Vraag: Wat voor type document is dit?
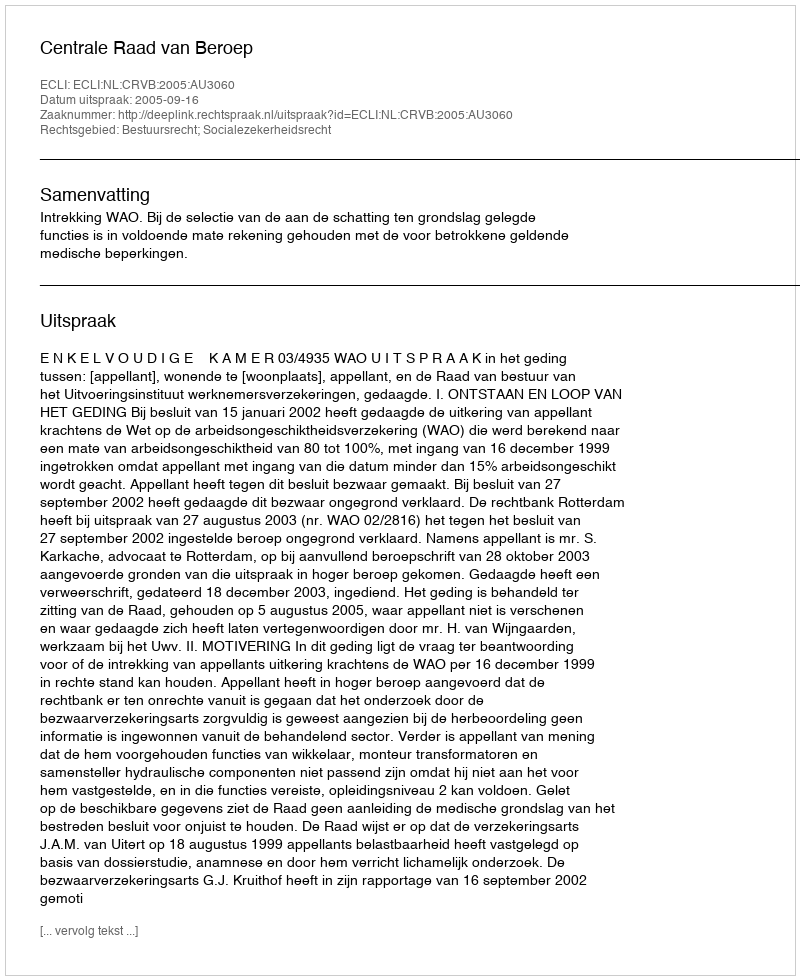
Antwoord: Uitspraak